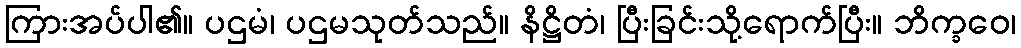
ကြားအပ်ပါ၏။ ပဌမံ၊ ပဌမသုတ်သည်။ နိဋ္ဌိတံ၊ ပြီးခြင်းသို့ရောက်ပြီး။ ဘိက္ခဝေ၊